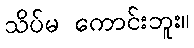
သိပ်မ ကောင်းဘူး။